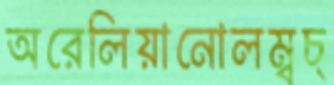
অরেলিয়ানোলম্বচ্